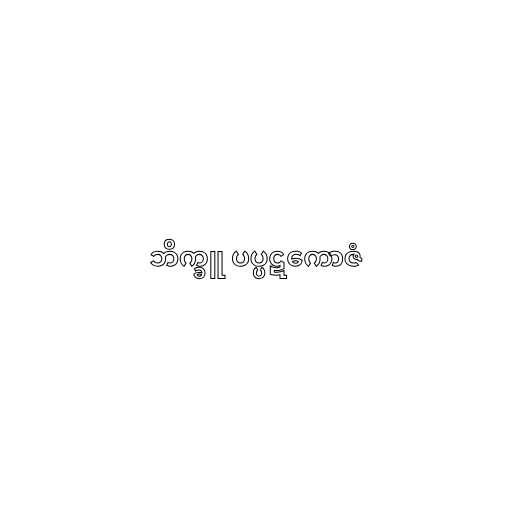
ဘိက္ခူ ပပ္ပဋကောဇံ